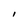
Character: l